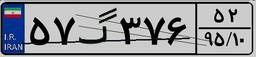
۲۹گ۹۶۲۹۹